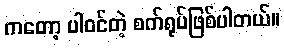
ကတော့ ပါဝင်တဲ့ စက်ရုပ်ဖြစ်ပါတယ်။